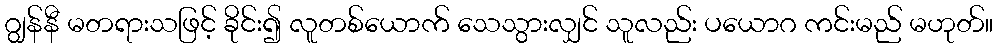
ဂျွန်နီ မတရားသဖြင့် ခိုင်း၍ လူတစ်ယောက် သေသွားလျှင် သူလည်း ပယောဂ ကင်းမည် မဟုတ်။